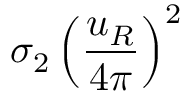
\sigma _ { 2 } \left( \frac { u _ { R } } { 4 \pi } \right) ^ { 2 }